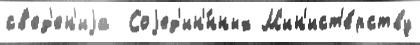
св'ед'ен'иjа  Соjед'ин'́нных М'ин'ист'е́рству